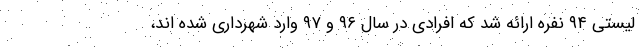
لیستی ۹۴ نفره ارائه شد که افرادی در سال ۹۶ و ۹۷ وارد شهرداری شده اند،